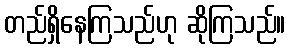
တည်ရှိနေကြသည်ဟု ဆိုကြသည်။